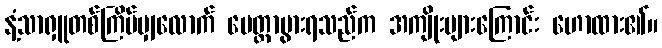
နံ့သာရှူတစ်ကြိမ်မျှလောက် မေတ္တာပွားရသည်က အကျိုးများကြောင်း ဟောထား၏။